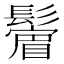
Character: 𩯔